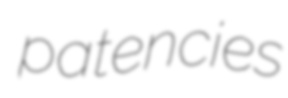
patencies